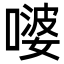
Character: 嘙